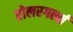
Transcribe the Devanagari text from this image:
रोलरगर्ल्स